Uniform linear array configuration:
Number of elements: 32
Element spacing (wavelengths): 0.5
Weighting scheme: hamming
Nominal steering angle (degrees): -45
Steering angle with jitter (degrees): -44.483
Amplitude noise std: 0.05
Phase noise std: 0.05

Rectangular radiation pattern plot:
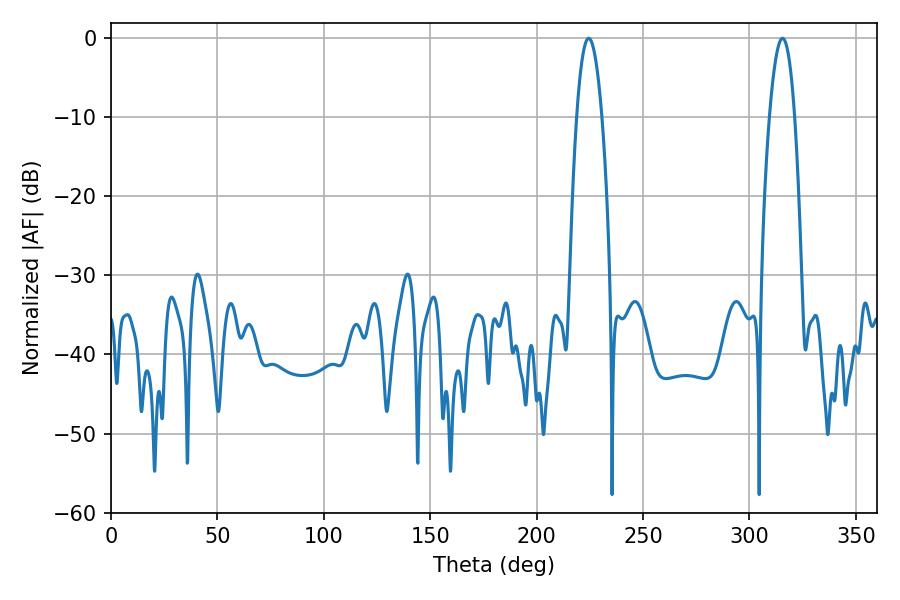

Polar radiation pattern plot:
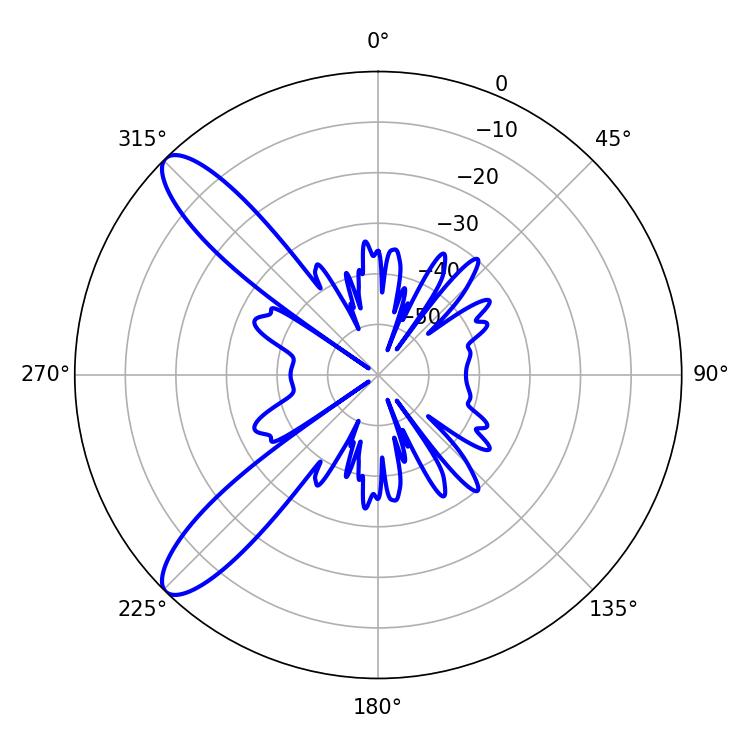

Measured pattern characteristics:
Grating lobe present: FALSE
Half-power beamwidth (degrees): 6.66
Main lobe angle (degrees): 224.46